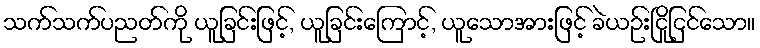
သက်သက်ပညတ်ကို ယူခြင်းဖြင့်, ယူခြင်းကြောင့်, ယူသောအားဖြင့် ခဲယဉ်းငြိုငြင်သော။